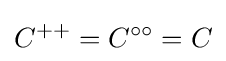
C^{++}=C^{\circ \circ }=C